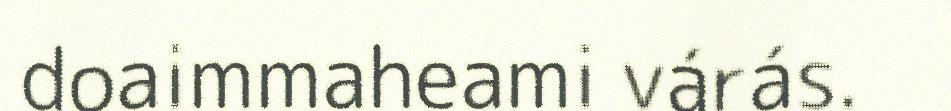
doaimmaheami várás.